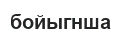
бойыгнша